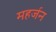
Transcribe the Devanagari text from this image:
महर्जन